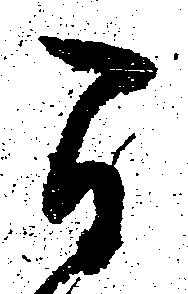
間